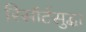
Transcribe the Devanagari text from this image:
रिसॉर्टसुद्धा